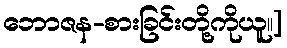
ဘောဇန-စားခြင်းတို့ကိုယူ၊၊]